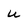
Character: u